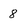
Character: 8